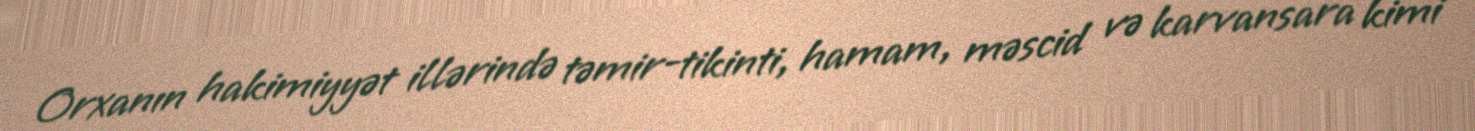
Orxanın hakimiyyət illərində təmir-tikinti, hamam, məscid və karvansara kimi